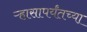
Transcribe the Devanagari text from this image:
ऱ्हासापर्यंतच्या